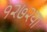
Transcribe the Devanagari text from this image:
१२७२या